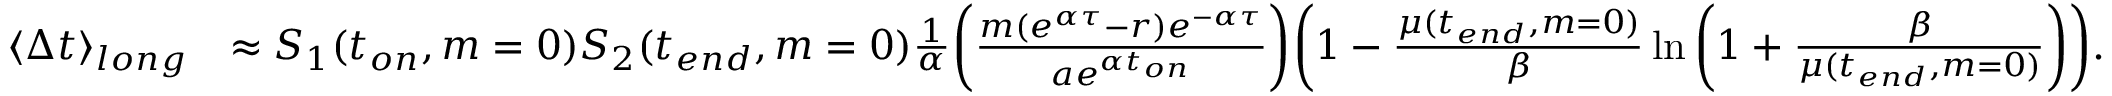
\begin{array} { r l } { \langle \Delta t \rangle _ { l o n g } } & { \approx S _ { 1 } ( t _ { o n } , m = 0 ) S _ { 2 } ( t _ { e n d } , m = 0 ) \frac { 1 } { \alpha } \bigg ( \frac { m ( e ^ { \alpha \tau } - r ) e ^ { - \alpha \tau } } { a e ^ { \alpha t _ { o n } } } \bigg ) \bigg ( 1 - \frac { \mu ( t _ { e n d } , m = 0 ) } { \beta } \ln { \bigg ( 1 + \frac { \beta } { \mu ( t _ { e n d } , m = 0 ) } \bigg ) } \bigg ) . } \end{array}